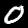
Label: 0